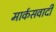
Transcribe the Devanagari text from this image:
मार्कसवादी